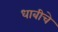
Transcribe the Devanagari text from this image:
धाबीचे